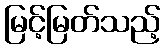
မြင့်မြတ်သည့်